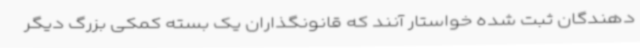
دهندگان ثبت شده خواستار آنند که قانونگذاران یک بسته کمکی بزرگ دیگر